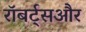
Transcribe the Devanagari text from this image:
रॉबर्ट्सऔर